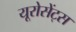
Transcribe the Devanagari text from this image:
यूरोसेंट्स